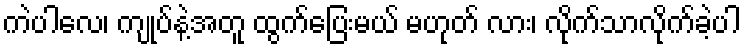
ကဲပါလေ၊ ကျုပ်နဲ့အတူ ထွက်ပြေးမယ် မဟုတ် လား၊ လိုက်သာလိုက်ခဲ့ပါ